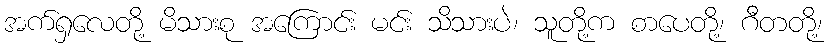
အက်ရှလေတို့ မိသားစု အကြောင်း မင်း သိသားပဲ၊ သူတို့က စာပေတို့၊ ဂီတတို့၊